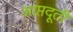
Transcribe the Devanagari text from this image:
आप्तदूती